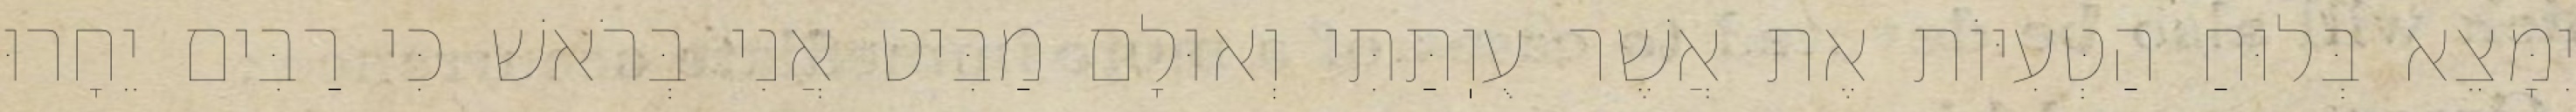
יִמָּצֵא בְּלוּחַ הַטְּעִיּוֹת אֶת אֲשֶׁר עֻוֽתַּתִּי וְאוּלָם מַבִּיט אֲנִי בְּרֹאשׁ כִּי רַבִּים יֵחָרוּ